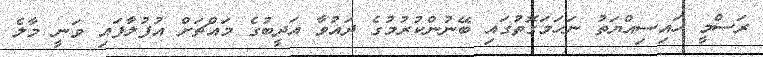
ރަސްމީ ހައިސިއްޔަތު ނަހަމަގޮތުގައި ބޭނުންކުރުމުގެ ދައުވާ އަދީބުގެ މައްޗަށް އުފުލާފައި ވަނީ މާލެ